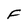
Character: F